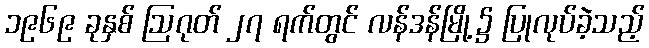
၁၉၆၉ ခုနှစ် ဩဂုတ် ၂၇ ရက်တွင် လန်ဒန်မြို့၌ ပြုလုပ်ခဲ့သည့်